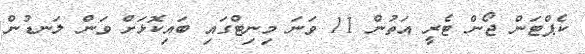
ކެޕްޓަން ޖޯން ޓެރީ އަތުން 11 ވަނަ މިނިޓްގައި ބައިކޮޅަށް ވަން ލަނޑުން